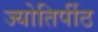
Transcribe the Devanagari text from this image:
ज्योतिर्पीठ